[Report on the health of British troops in the Madras command]
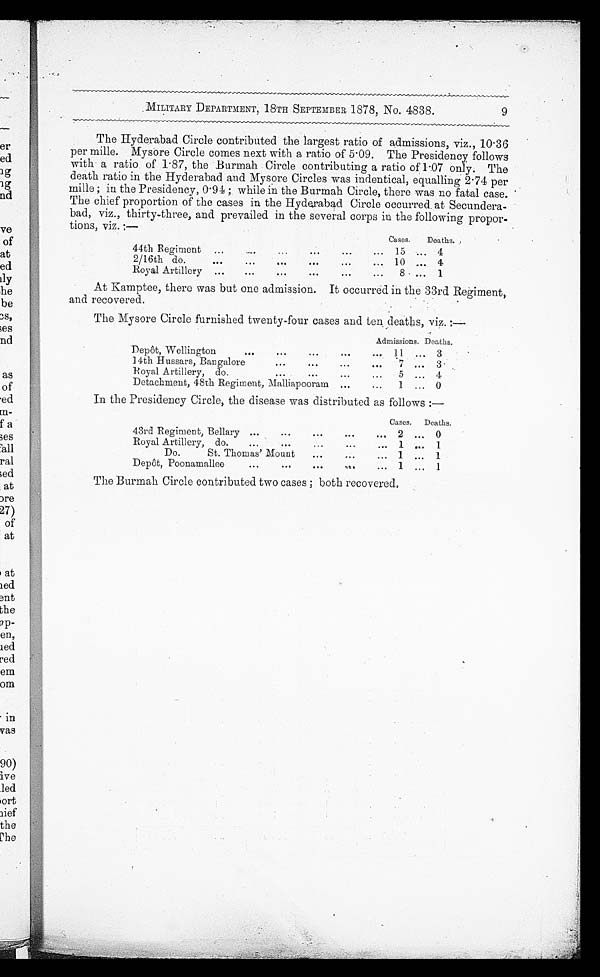
MILITARY DEPARTMENT, 18TH SEPTEMBER 1878, No. 4838.
The Hyderabad Circle contributed the largest ratio of admissions, viz., 10.36
per mile. Mysore Circle comes next with a ratio of 5.09. The Presidency follows
with a ratio of 1.87, the Burmah Circle contributing a ratio of 1.07 only. The
death ratio in the Hyderabad and Mysore Circles was indentical, equalling 2.74 per
mile; in the Presidency, 0.94; while in the Burmah Circle, there was no fatal case.
The chief proportion of the cases in the Hyderabad Circle occurred at Secundera
-bad, viz., thirty-three, and prevailed in the several corps in the following propor
-tions, viz. :—
Cases.
Deaths.
44th Regiment . . .
15
. . . 4
2/16th do . . .
10
. .
.
4
Royal Artillery . . .
8
. . . 1
At Kamptee, there was but one admission. It occurred in the 33rd Regiment,
and recovered.
The Mysore Circle furnished twenty-four cases and ten deaths, viz. :—
Admissions. Deaths.
Depôt, Wellington . . .
1 1
. .
.
3
14th Hussars, Bangalore . . .
7
. . . 3
Royal Artillery, do
.
.
.
5
. . . 4
Detachment, 48th Regiment, . . . Malliapooram . . .
. . .
1
. . . 0
In the Presidency Circle, the disease was distributed as follows:—
Cases. Deaths.
43rd Regiment, Bellary . . . 2
. . . 0
Royal Artillery, do . . . 1
. . . 1
Do. St. Thomas' Mount . . . 1
. . . 1
D epôt, Poonamallee . . . 1
. . .
1
The Burmah Circle contributed two cases; both recovered.
9